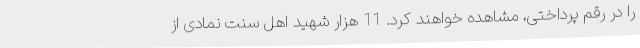
را در رقم پرداختی، مشاهده خواهند کرد. 11 هزار شهید اهل سنت نمادی از